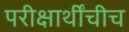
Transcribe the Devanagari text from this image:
परीक्षार्थींचीच